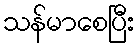
သန်မာစေပြီး